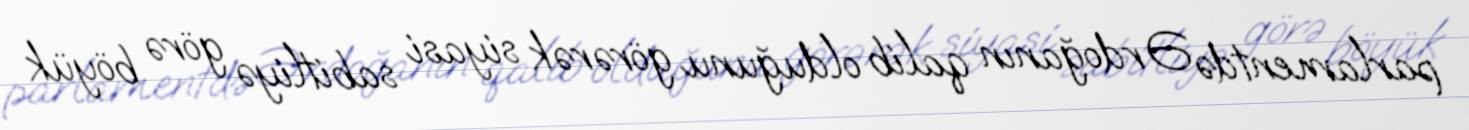
parlamentdə Ərdoğanın qalib olduğunu görərək siyasi sabitliyə görə böyük